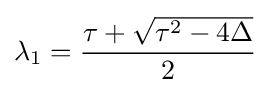
\lambda _{1}={\frac {\tau +{\sqrt {\tau ^{2}-4\Delta }}}{2}}